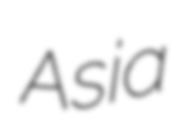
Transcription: Asia